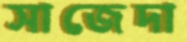
সাজেদা